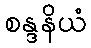
စန္ဒနိယံ